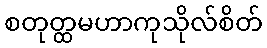
စတုတ္ထမဟာကုသိုလ်စိတ်